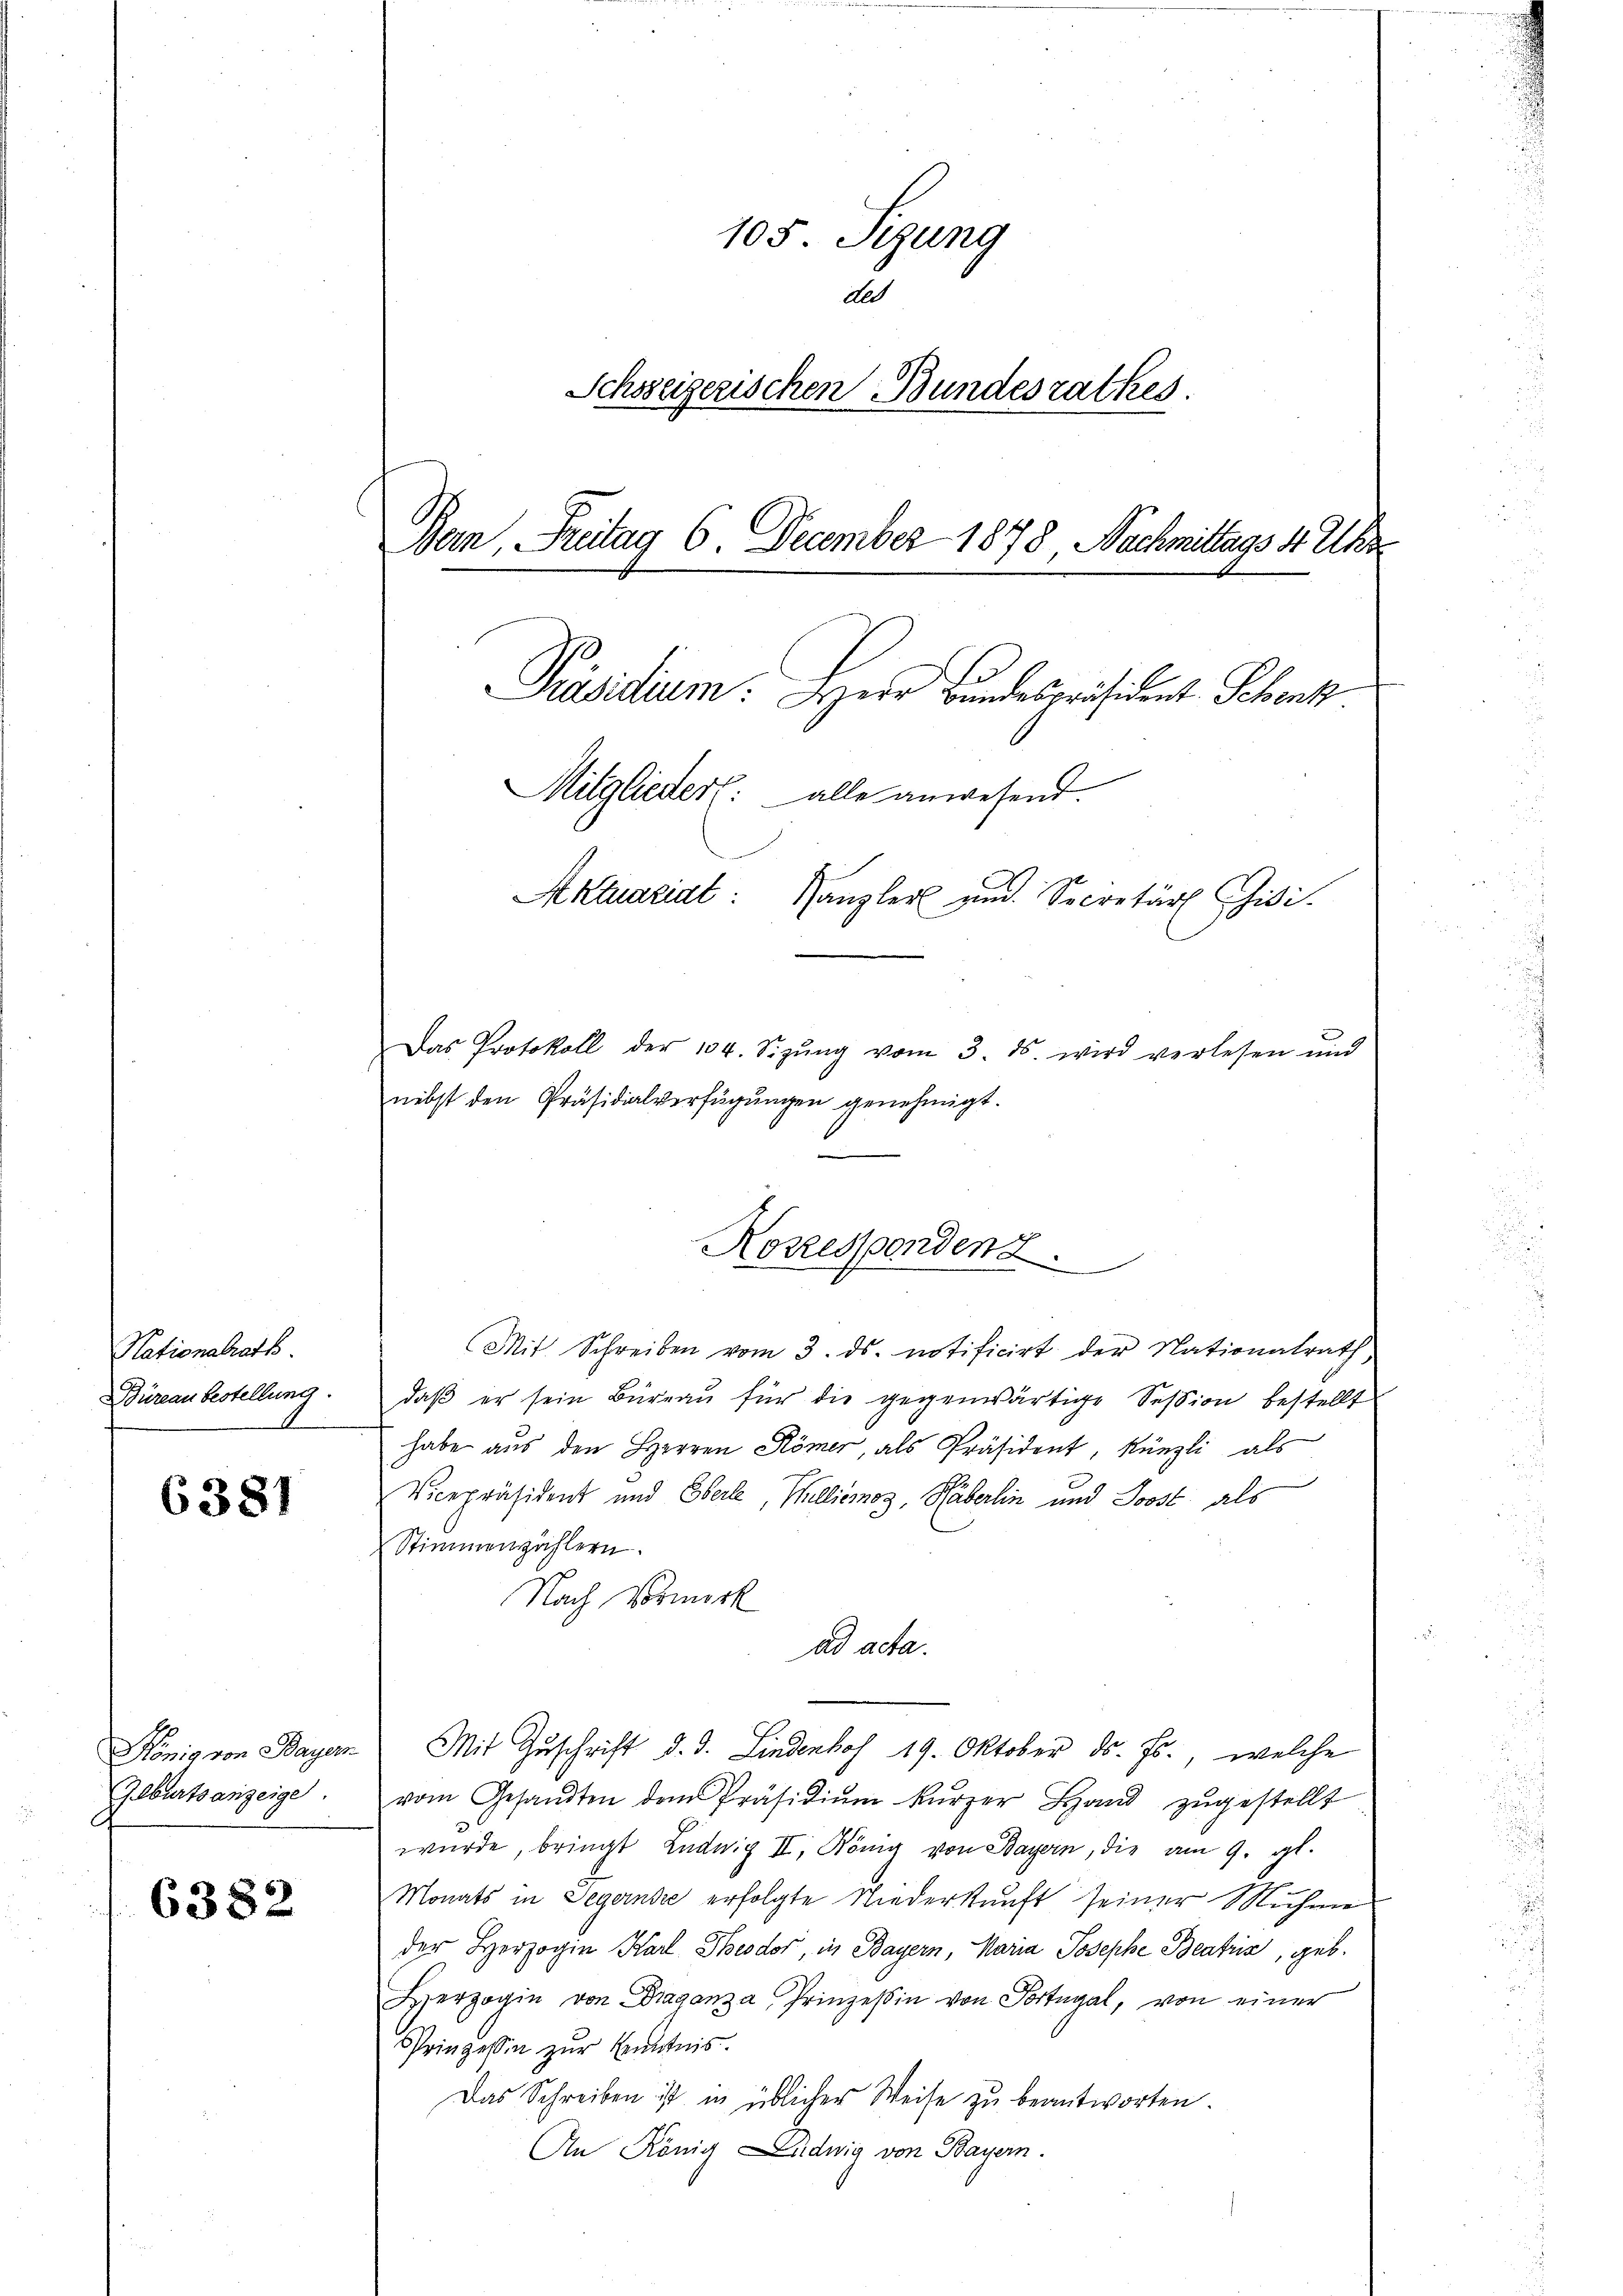
Nationalrath.
Büreau bestellung.

6381

König von Bayer
Geburtsanzeige

6382

105 Sizung
All
Schoseizerischen Bundesrathes.
Bern, Freitag 6. December 1878, Nachmittags 4 Uhr
Präsidium. Herr Bundespräsident Schenk
Mitgliedert: alle anwesend.
Aktuariat:
Kanzler und Secretär Gisi
Das Protokoll der 104. Sizŭng vom 3. ds. wird verlesen und
nebst den Präsidialverfügungen genehmigt.

Mit Schreiben vom 3. ds. notificirt der Nationalrath,
daβ er sein Büreaŭ für die gegenwärtige Session bestellt
habe aus den Herren Römer, als Präsident, Künzli als
Vicepräsident und Oberle, Hulliemos, Häberlin und Soost als
Stimmenzählern.
Nach Vormerk
ad acta.
Mit Zuschrift d. d. Lindenhof 19. Oktober ds. Js., welche
vom Gesandten dem Präsidiŭm kŭrzer Hand zŭgestellt
wŭrde, bringt Ludwig II. König von Bayern, die am 9. gl.
Monats in Segernste erfolgte Niederkunft seiner Muhme
der Herzogin Karl Theodor, in Bayern, Maria Josephe Beatris, geb.
Herzogin von Draganza Prinzessin von Portugal, von einer
Prinzessin zur Kenntnis.
Das Schreiben ist in üblicher Weise zu beantworten.
An König Ludwig von Bayern.

Kozespondenz.